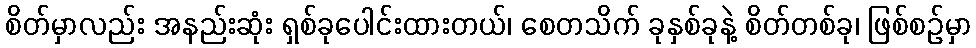
စိတ်မှာလည်း အနည်းဆုံး ရှစ်ခုပေါင်းထားတယ်၊ စေတသိက် ခုနှစ်ခုနဲ့ စိတ်တစ်ခု၊ ဖြစ်စဉ်မှာ